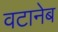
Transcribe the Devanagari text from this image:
वटानेब